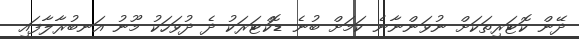
ދޭން ކޮޓަރިތަކަށް ނުވަންނާނެ ކަމަށް ބުނެ ޑޮކްޓަރަކު ދެ ދުވަހަކު މޫނު އަނބުރާލާފައި